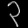
Digit: ၃